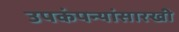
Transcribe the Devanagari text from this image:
उपकंपन्यांसारखी